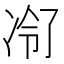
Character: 𪞠